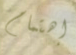
إهتمام